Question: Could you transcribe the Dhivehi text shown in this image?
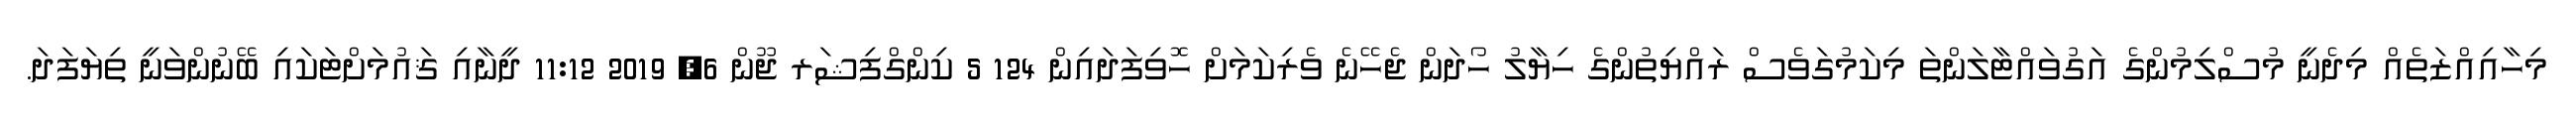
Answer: މިހާއިއްޒަތެއް މިދެނީ މުސްލިމުންގެ އަގުވައްޓާލަންތަ މިކަމުގަވެސް ރައްޔިތުންގެ ހިޔާލު ހޯދަން ޖެހޭނެ ވެރިކަމަށް ހޮވިފަދައިން 124 5 ކިންގްފިޝަރ ޖޫން 6, 2019 11:12 ދީނާއި ޤައުމަށްޓަކައި ބޭނުންވަނީ ތިޔަފަދަ.